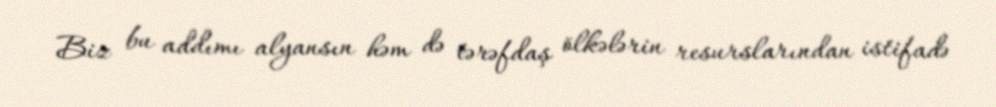
Biz bu addımı alyansın həm də tərəfdaş ölkələrin resurslarından istifadə